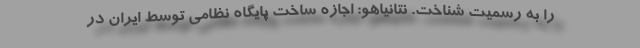
را به رسمیت شناخت. نتانیاهو: اجازه ساخت پایگاه نظامی توسط ایران در